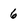
Character: 6